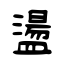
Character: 盪